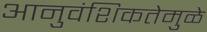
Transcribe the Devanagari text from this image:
आनुवंशिकतेमुळे